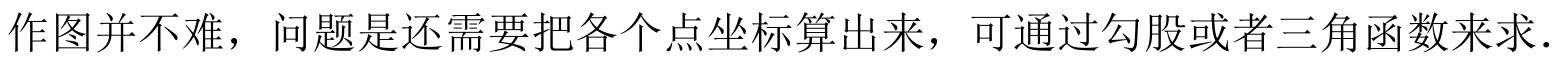
作图并不难，问题是还需要把各个点坐标算出来，可通过勾股或者三角函数来求．